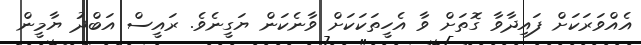
އެއްވަރަކަށް ފައިދާވާ ގޮތަށް ވާ އެހީތަކަކަށް ވާނެކަން ޔަގީނެވެ. ރައީސް އަބްދު ޔާމީން